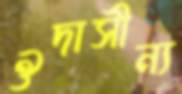
ঔদাসীন্য